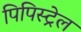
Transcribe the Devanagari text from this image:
पिपिस्ट्रेल